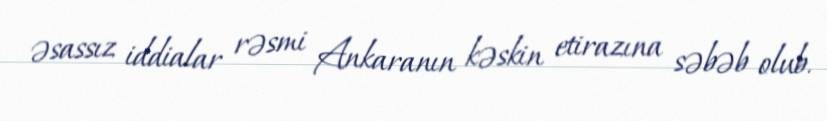
əsassız iddialar rəsmi Ankaranın kəskin etirazına səbəb olub.